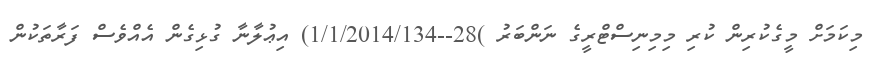
މިކަމަށް މީގެކުރިން ކުރި މިމިނިސްޓްރީގެ ނަންބަރު )28--1/1/2014/134) އިޢުލާނާ ގުޅިގެން އެއްވެސް ފަރާތަކުން